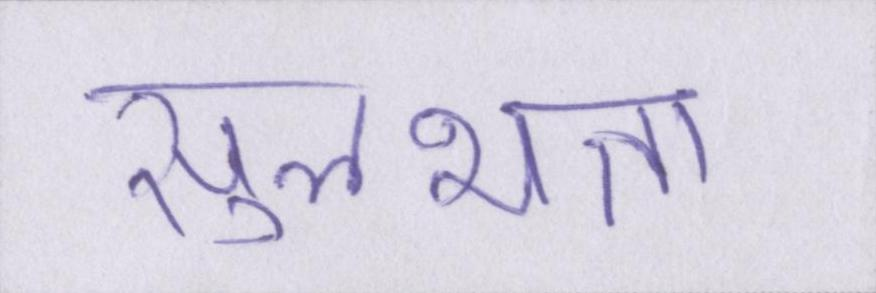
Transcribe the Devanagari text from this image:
सुलभता